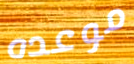
موعده